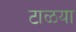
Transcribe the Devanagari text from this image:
टाळया